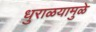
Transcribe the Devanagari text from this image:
धुराळयामुळे